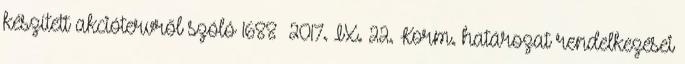
készített akciótervről szóló 1688 2017. IX. 22. Korm. határozat rendelkezései